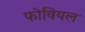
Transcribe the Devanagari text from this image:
फोवियल